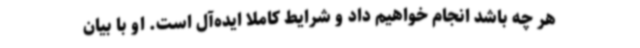
هر چه باشد انجام‌ خواهیم داد و شرایط کاملا ایده‌آل است. او با بیان